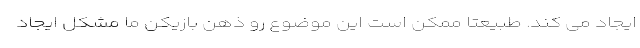
ایجاد می کند. طبیعتا ممکن است این موضوع رو ذهن بازیکن ما مشکل ایجاد